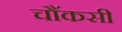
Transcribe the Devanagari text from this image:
चौंकसी